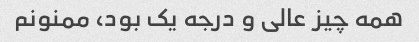
همه چیز عالی و درجه یک بود، ممنونم